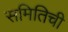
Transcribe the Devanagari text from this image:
समितिची